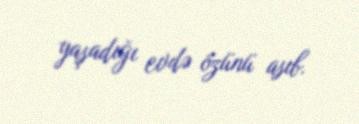
yaşadığı evdə özünü asıb.